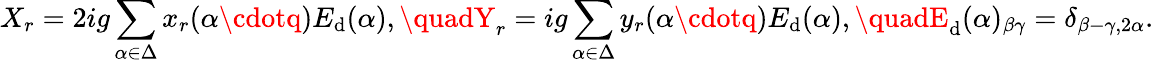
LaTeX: X_{r}=2ig\sum_{\alpha\in\Delta}x_{r}(\alpha\cdotq)E_{\mathrm{d}}(\alpha),\quadY_{r}=ig\sum_{\alpha\in\Delta}y_{r}(\alpha\cdotq)E_{\mathrm{d}}(\alpha),\quadE_{\mathrm{d}}(\alpha)_{\beta\gamma}=\delta_{\beta-\gamma,2\alpha}.